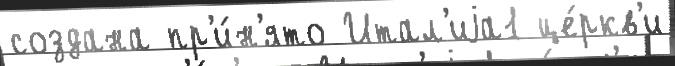
создана пр'и́н'ято Итал'иjа1 це́ркв'и